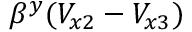
\beta ^ { y } ( V _ { x 2 } - V _ { x 3 } )